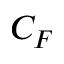
C _ { F }